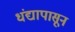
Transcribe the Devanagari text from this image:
धंद्यापासून